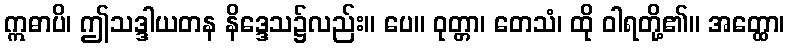
ဣဓာပိ၊ ဤသဒ္ဒါယတန နိဒ္ဒေသ၌လည်း။ ပေ။ ဝုတ္တာ၊ တေသံ၊ ထို ဝါရတို့၏။ အတ္ထော၊